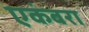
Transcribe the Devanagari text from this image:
एकंबरा